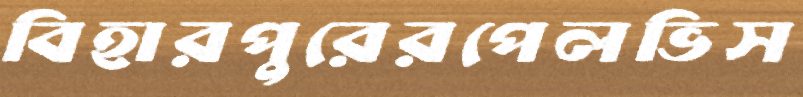
বিহারপুরেরপেলভিস